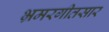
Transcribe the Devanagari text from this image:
भ्रमरगीतसार